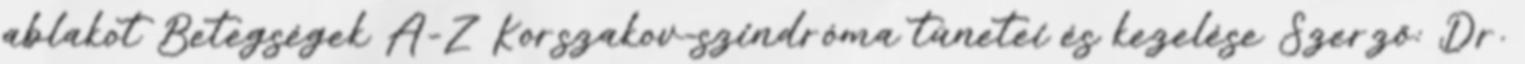
ablakot Betegségek A-Z Korszakov-szindróma tünetei és kezelése Szerző: Dr.